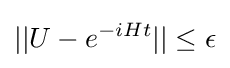
||U-e^{-iHt}||\leq \epsilon